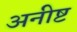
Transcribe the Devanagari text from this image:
अनीष्ट